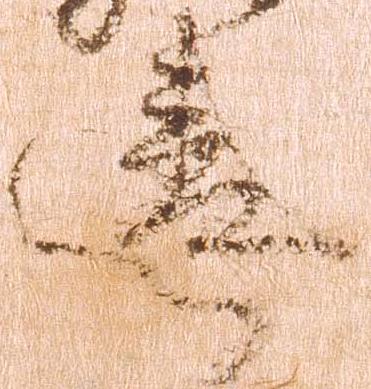
違